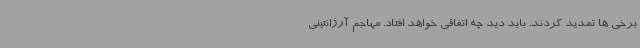
برخی ها تمدید کردند. باید دید چه اتفاقی خواهد افتاد. مهاجم آرژانتینی